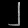
Digit: ၂